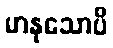
မာနုသောပိ